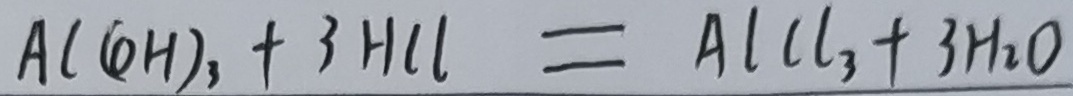
A l ( O H ) _ { 3 } + 3 H C l = A l C l _ { 3 } + 3 H _ { 2 } O